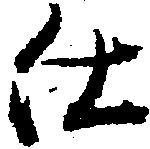
仕